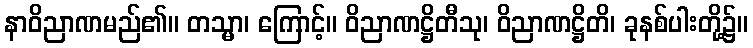
နာဝိညာဏမည်၏။ တသ္မာ၊ ကြောင့်။ ဝိညာဏဋ္ဌိတီသု၊ ဝိညာဏဋ္ဌိတိ၊ ခုနစ်ပါးတို့၌။